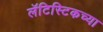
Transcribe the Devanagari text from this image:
लॅटिस्टिकच्या